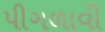
પીગળાવી